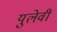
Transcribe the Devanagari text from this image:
युलेवी